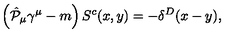
\left( \hat { { \cal P } } _ { \mu } \gamma ^ { \mu } - m \right) S ^ { c } ( x , y ) = - \delta ^ { D } ( x - y ) ,